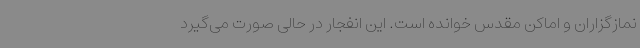
نمازگزاران و اماکن مقدس خوانده است. این انفجار در حالی صورت می‌گیرد